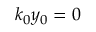
k _ { 0 } y _ { 0 } = 0